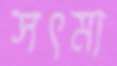
সৎমা